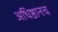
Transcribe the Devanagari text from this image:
अधिष्ठानच